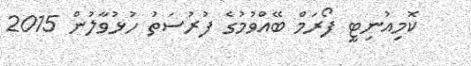
ކޮމިއުނިޓީ ފޯރަމް ބޭއްވުމުގެ ފުރުސަތު ހުޅުވާލުން 2015